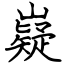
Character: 嶷